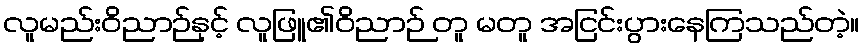
လူမည်းဝိညာဉ်နှင့် လူဖြူ၏ဝိညာဉ် တူ မတူ အငြင်းပွားနေကြသည်တဲ့။